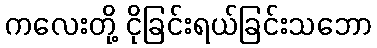
ကလေးတို့ ငိုခြင်းရယ်ခြင်းသဘော